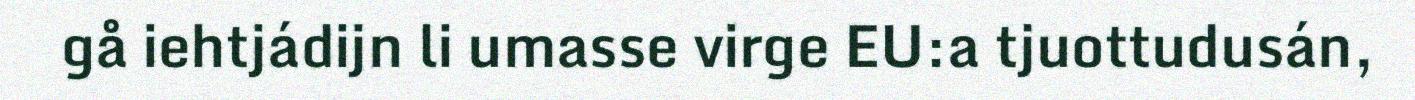
gå iehtjádijn li umasse virge EU:a tjuottudusán,